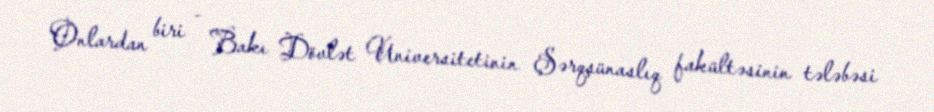
Onlardan biri - Bakı Dövlət Universitetinin Şərqşünaslıq fakültəsinin tələbəsi